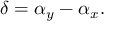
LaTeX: \delta = \alpha _ { y } - \alpha _ { x } .